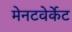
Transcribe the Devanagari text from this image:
मेनटवेर्केट